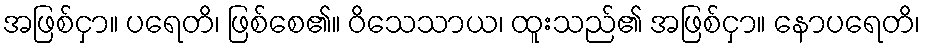
အဖြစ်ငှာ။ ပရေတိ၊ ဖြစ်စေ၏။ ဝိသေသာယ၊ ထူးသည်၏ အဖြစ်ငှာ။ နောပရေတိ၊